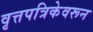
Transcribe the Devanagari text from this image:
वृत्तपत्रिकेवरून